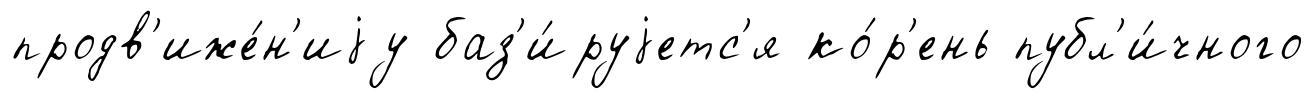
продв'иже́н'иjу баз'и́руjетс'я ко́р'ень публ'и́чного